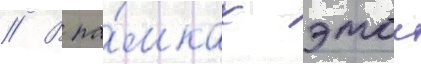
// В ра́мках этои